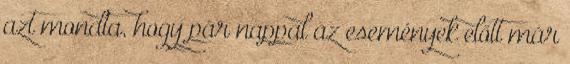
azt mondta, hogy pár nappal az események előtt már